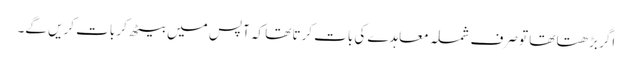
اگر بڑھتا تھا تو صرف شملہ معاہدے کی بات کرتا تھا کہ آپس میں بیٹھ کر بات کریں گے۔